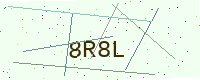
Text: 8R8L